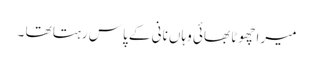
میرا چھوٹا بھائی وہاں نانی کے پاس رہتا تھا ۔